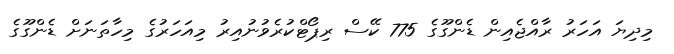
މިދިޔަ އަހަރު ރާއްޖެއިން ޑެންގޫގެ 775 ކޭސް ރިޕޯޓްކުރެވުނުއިރު މިއަހަރުގެ މިހާތަނަށް ޑެންގޫގެ